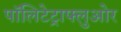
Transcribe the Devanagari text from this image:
पॉलिटेट्राफ्लुओर